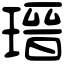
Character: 瑨